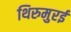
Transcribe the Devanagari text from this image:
थिरुमुरई